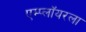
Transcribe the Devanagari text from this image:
एम्प्लॉयरला